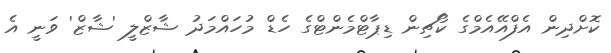
ކޮށްދިން އެފްއޭއެމްގެ ކޯޗިން ޑިޕާޓްމެންޓްގެ ހެޑް މުހައްމަދު ޝާޒްލީ 'ޝާޒް' ވަނީ އެ